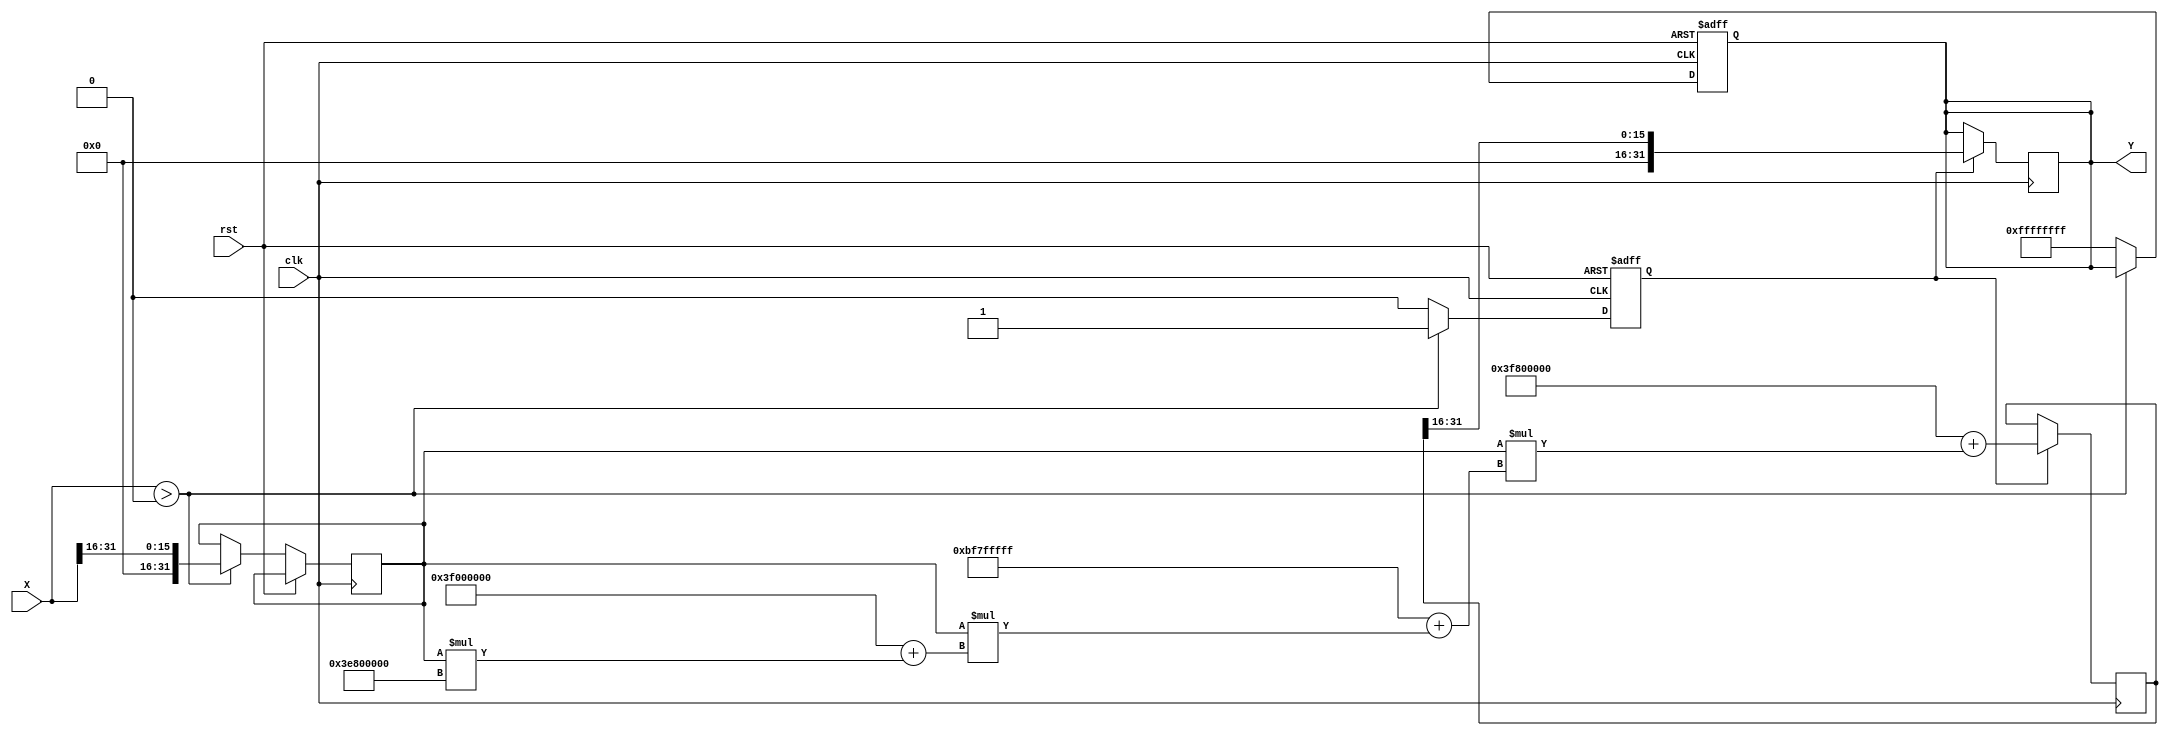
module PolyApproxReciprocal (
    input wire [31:0] X,        // Input value (fixed-point representation)
    output reg [31:0] Y,        // Output value (reciprocal)
    input wire clk,             // Clock signal
    input wire rst              // Reset signal
);

    // Define constants
    parameter FIXED_POINT_FRACTIONAL_BITS = 16; // Number of fractional bits
    parameter POLY_DEGREE = 3;                    // Degree of polynomial approximation

    // Coefficients for polynomial approximation (example values)
    parameter [31:0] COEFF_0 = 32'h3F800000; // 1.0
    parameter [31:0] COEFF_1 = 32'hBF7FFFFF; // -1.0
    parameter [31:0] COEFF_2 = 32'h3F000000; // 0.5
    parameter [31:0] COEFF_3 = 32'h3E800000; // 0.25

    // Internal signals
    reg [31:0] normalized_x;
    reg [31:0] poly_result;
    reg valid_input;

    // Input validation and normalization
    always @(posedge clk or posedge rst) begin
        if (rst) begin
            Y <= 32'b0;
            valid_input <= 1'b0;
        end else begin
            // Check if input is valid (X > 0)
            if (X > 32'b0) begin
                normalized_x <= X >> (32 - FIXED_POINT_FRACTIONAL_BITS); // Normalize to [0.5, 1.0]
                valid_input <= 1'b1;
            end else begin
                Y <= 32'hFFFFFFFF; // Indicate error (e.g., output NaN)
                valid_input <= 1'b0;
            end
        end
    end

    // Polynomial evaluation using Horner's method
    always @(posedge clk) begin
        if (valid_input) begin
            // Evaluate polynomial: COEFF_0 + normalized_x * (COEFF_1 + normalized_x * (COEFF_2 + normalized_x * COEFF_3))
            poly_result <= COEFF_0 + (normalized_x * (COEFF_1 + (normalized_x * (COEFF_2 + (normalized_x * COEFF_3)))));
            // Scale the result back
            Y <= poly_result >> FIXED_POINT_FRACTIONAL_BITS; // Adjust for normalization
        end
    end

endmodule